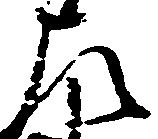
左